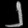
Digit: ၂